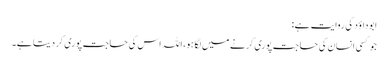
ابوداؤد کی روایت ہے:
جو کسی انسان کی حاجت پوری کرنے میں لگا ہو، اللہ اس کی حاجت پوری کر دیتا ہے۔